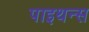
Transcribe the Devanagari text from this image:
पाइथन्स